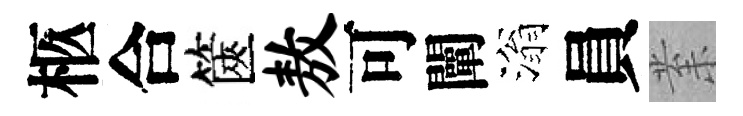
柩合篋敖可闡滃員𭪙